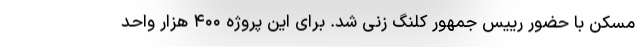
مسکن با حضور رییس جمهور کلنگ زنی شد. برای این پروژه ۴۰۰ هزار واحد